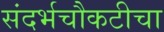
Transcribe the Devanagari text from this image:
संदर्भचौकटीचा